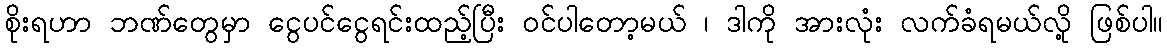
စိုးရဟာ ဘဏ်တွေမှာ ငွေပင်ငွေရင်းထည့်ပြီး ဝင်ပါတော့မယ် ၊ ဒါကို အားလုံး လက်ခံရမယ်လို့ ဖြစ်ပါ။